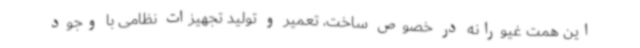
این همت غیورانه در خصوص ساخت، تعمیر و تولید تجهیزات نظامی با وجود